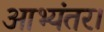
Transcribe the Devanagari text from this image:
आभ्यंतर।